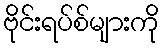
ဗိုင်းရပ်စ်များကို